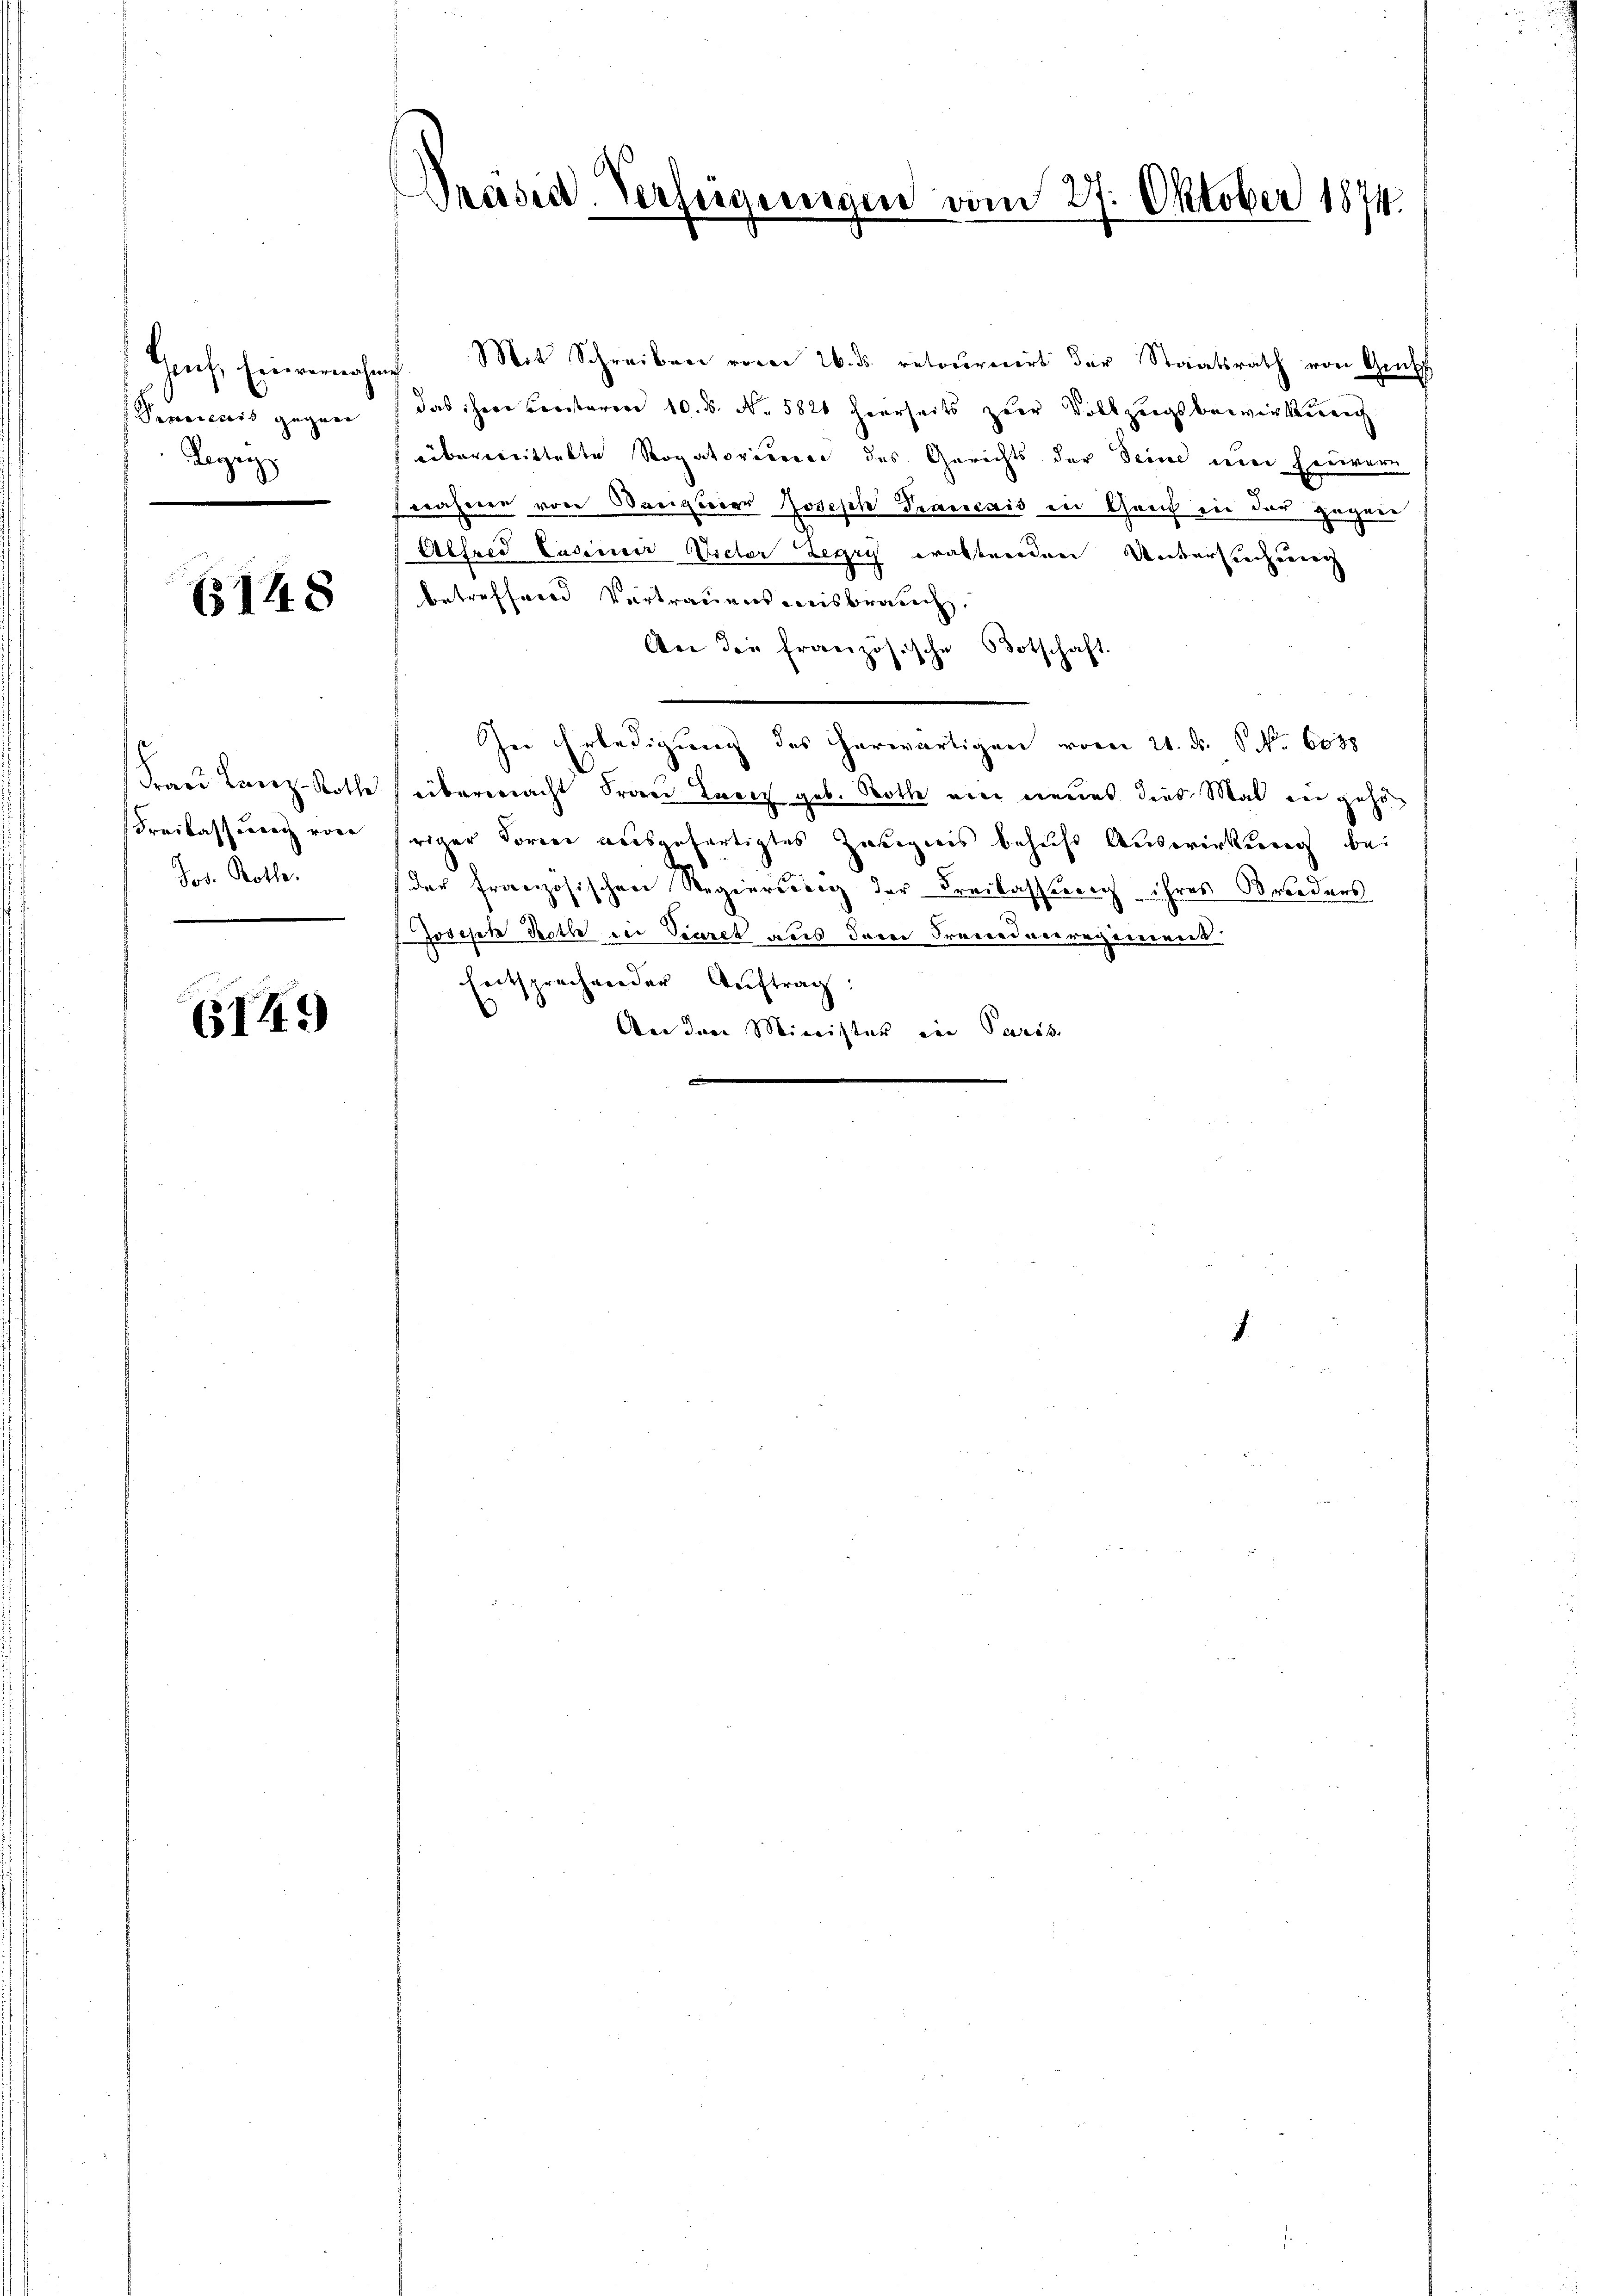
Pracienis gegen
Regung

148

Freilassung von
Sor. Rotter

614.)

Präsen-Verfügungen vom 27. Oktober 1874.

Genf, Einvernahme. Mit Schreiben vom 26. ds. retournirt der Staatsrath von Gru
das ihrer Freisteren 10. 8. No. 5826 herrseits zur Vollzeigsbewirkung
überwittelte Rogatoriterer des Gerichts der Deine und heurer
rahiere von Banquier Joseph Trançais in Genf in der gegen
Alfred Casinair Victor Legry waltenden Untersrechung
betreffend Vertrauensweisbrauch,
Aer die französische Botschaft.
In Erledigung des herwärtigen vom 21. ds. No. 6038
Frau Lanz-Rothe übermacht Frau Breiz geb. Roth ein neues dies Mal in gehör
riger Former ausgefertigtes Zusignis behufs Auswirkung bei
der französischen Regierung der Freilassung ihres Brieders
f Joseph Roth die Pearek aus der Freundesregiment
Entsprechen der Auftrag:
An den Minister in Paris